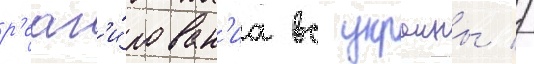
р'еаг'и́рован'иа вс украины //